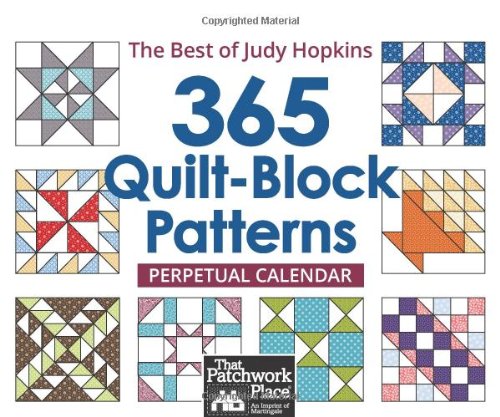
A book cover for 365 Quilt-Block Patterns Perpetual Calendar: The Best of Judy Hopkins; Judy Hopkins; Calendars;